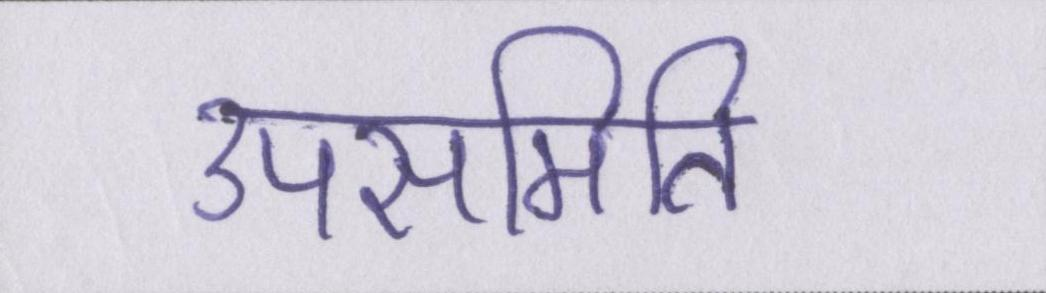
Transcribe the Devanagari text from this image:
उपसमिति